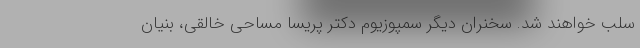
سلب خواهند شد. سخنران دیگر سمپوزیوم دکتر پریسا مساحی خالقی، بنیان